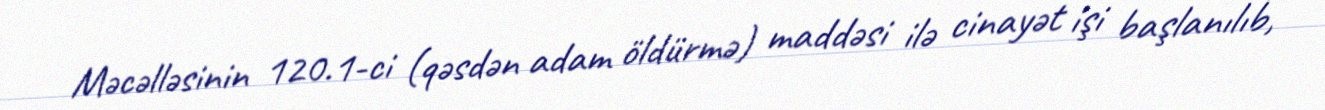
Məcəlləsinin 120.1-ci (qəsdən adam öldürmə) maddəsi ilə cinayət işi başlanılıb,